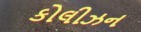
કોલીઝન